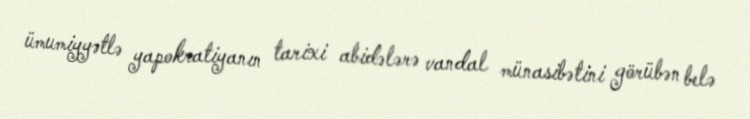
ümumiyyətlə yapokratiyanın tarixi abidələrə vandal münasibətini görübən belə